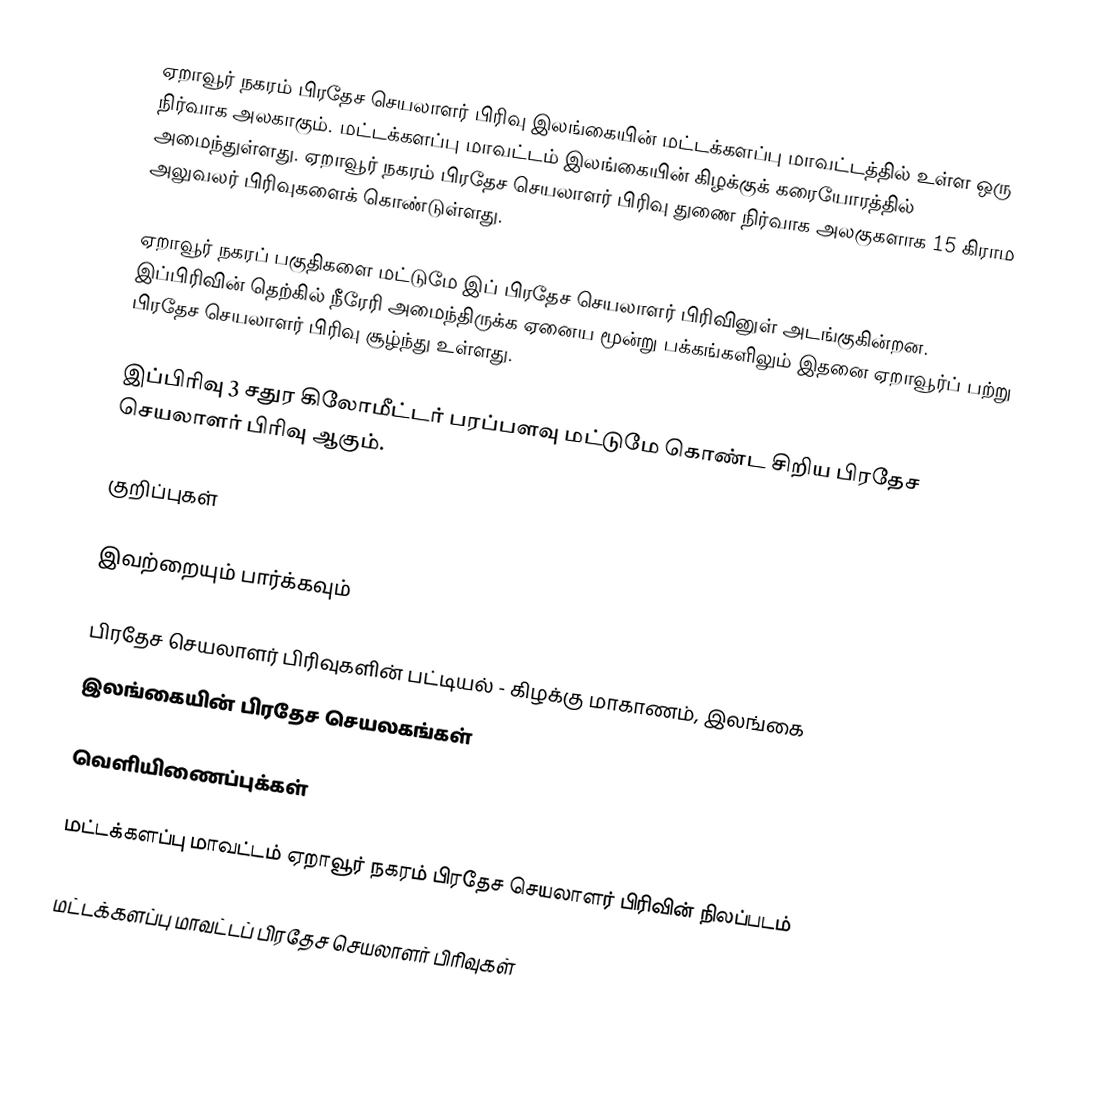
ஏறாவூர் நகரம் பிரதேச செயலாளர் பிரிவு இலங்கையின் மட்டக்களப்பு மாவட்டத்தில் உள்ள ஒரு நிர்வாக அலகாகும். மட்டக்களப்பு மாவட்டம் இலங்கையின் கிழக்குக் கரையோரத்தில் அமைந்துள்ளது. ஏறாவூர் நகரம் பிரதேச செயலாளர் பிரிவு துணை நிர்வாக அலகுகளாக 15 கிராம அலுவலர் பிரிவுகளைக் கொண்டுள்ளது.

ஏறாவூர் நகரப் பகுதிகளை மட்டுமே இப் பிரதேச செயலாளர் பிரிவினுள் அடங்குகின்றன. இப்பிரிவின் தெற்கில் நீரேரி அமைந்திருக்க ஏனைய மூன்று பக்கங்களிலும் இதனை ஏறாவூர்ப் பற்று பிரதேச செயலாளர் பிரிவு சூழ்ந்து உள்ளது.

இப்பிரிவு 3 சதுர கிலோமீட்டர் பரப்பளவு மட்டுமே கொண்ட சிறிய பிரதேச செயலாளர் பிரிவு ஆகும்.

குறிப்புகள்

இவற்றையும் பார்க்கவும்

 பிரதேச செயலாளர் பிரிவுகளின் பட்டியல் - கிழக்கு மாகாணம், இலங்கை
 இலங்கையின் பிரதேச செயலகங்கள்

வெளியிணைப்புக்கள்

 மட்டக்களப்பு மாவட்டம் ஏறாவூர் நகரம் பிரதேச செயலாளர் பிரிவின் நிலப்படம்

மட்டக்களப்பு மாவட்டப் பிரதேச செயலாளர் பிரிவுகள்